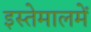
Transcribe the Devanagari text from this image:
इस्तेमालमें